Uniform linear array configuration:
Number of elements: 32
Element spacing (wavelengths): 0.5
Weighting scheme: blackman
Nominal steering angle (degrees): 15
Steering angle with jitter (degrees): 14.23
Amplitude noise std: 0.05
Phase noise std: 0.05

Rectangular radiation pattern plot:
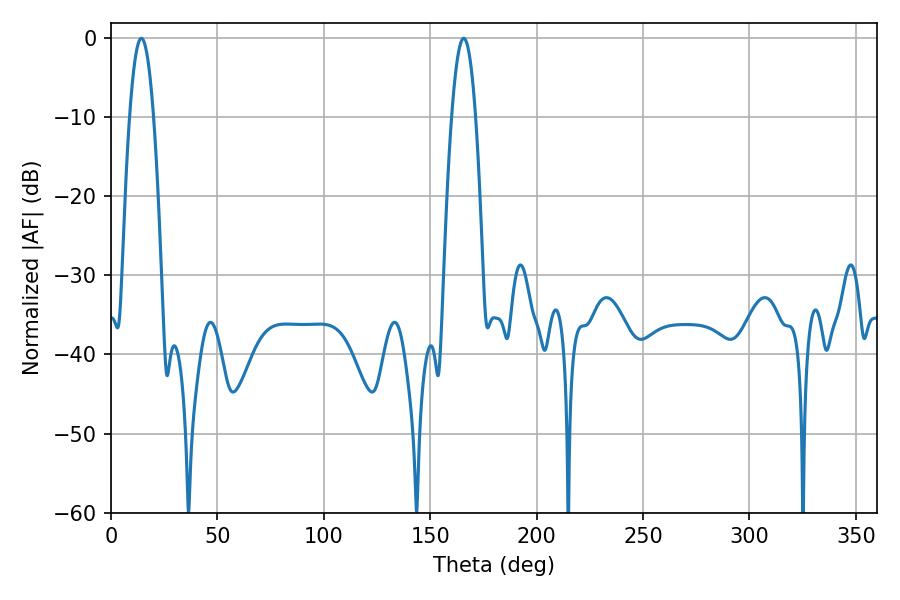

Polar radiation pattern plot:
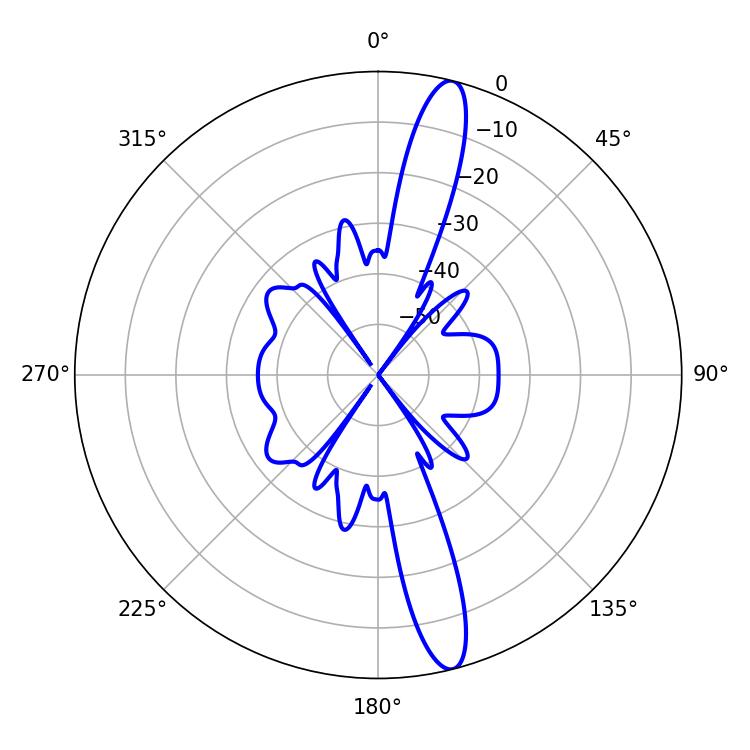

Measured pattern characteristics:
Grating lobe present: FALSE
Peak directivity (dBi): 15.429
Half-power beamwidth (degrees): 6.3
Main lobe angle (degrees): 14.22